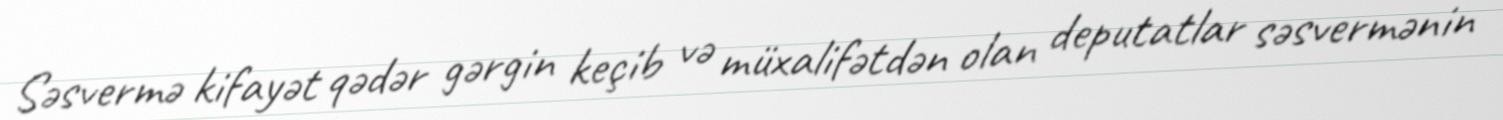
Səsvermə kifayət qədər gərgin keçib və müxalifətdən olan deputatlar səsvermənin